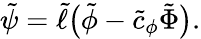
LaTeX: \tilde{\psi}=\tilde{\ell}\big(\tilde{\phi}-\tilde{c}_{\phi}\tilde{\Phi}\big).